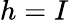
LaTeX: h=I